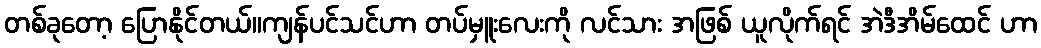
တစ်ခုတော့ ပြောနိုင်တယ်။ကျန်ပင်သင်ဟာ တပ်မှူးလေးကို လင်သား အဖြစ် ယူလိုက်ရင် အဲဒီအိမ်ထေင် ဟာ